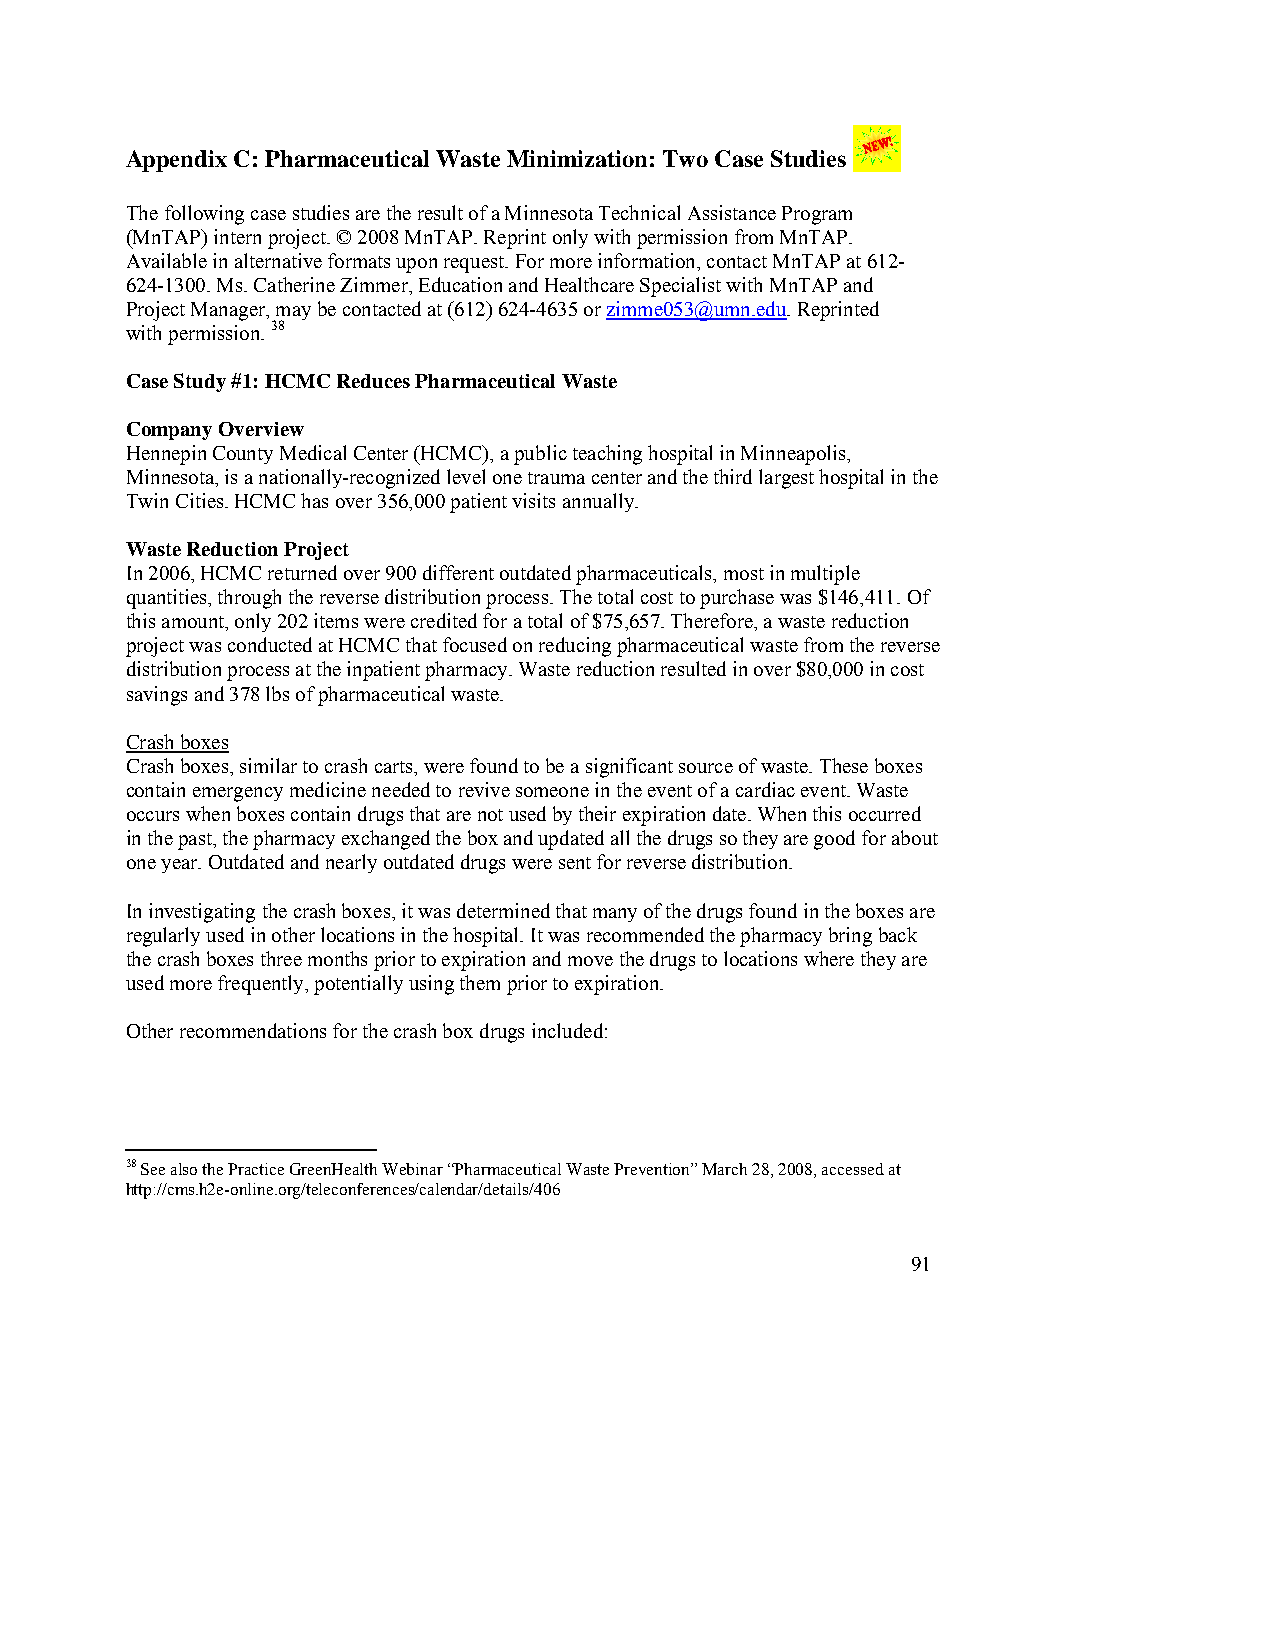
Appendix C: Pharmaceutical Waste Minimization: Two Case Studies
 The following case studies are the result of a Minnesota Technical Assistance Program
 (MnTAP) intern project. © 2008 MnTAP. Reprint only with permission from MnTAP.
 Available in alternative formats upon request. For more information, contact MnTAP at 612-
 624-1300. Ms. Catherine Zimmer, Education and Healthcare Specialist with MnTAP and
 Project Manager, may be contacted at (612) 624-4635 or zimme053@umn.edu. Reprinted
 with permission. 38
 Case Study #1: HCMC Reduces Pharmaceutical Waste
 Company Overview
 Hennepin County Medical Center (HCMC), a public teaching hospital in Minneapolis,
 Minnesota, is a nationally-recognized level one trauma center and the third largest hospital in the
 Twin Cities. HCMC has over 356,000 patient visits annually.
 Waste Reduction Project
 In 2006, HCMC returned over 900 different outdated pharmaceuticals, most in multiple
 quantities, through the reverse distribution process. The total cost to purchase was $146,411. Of
 this amount, only 202 items were credited for a total of $75,657. Therefore, a waste reduction
 project was conducted at HCMC that focused on reducing pharmaceutical waste from the reverse
 distribution process at the inpatient pharmacy. Waste reduction resulted in over $80,000 in cost
 savings and 378 lbs of pharmaceutical waste.
 Crash boxes
 Crash boxes, similar to crash carts, were found to be a significant source of waste. These boxes
 contain emergency medicine needed to revive someone in the event of a cardiac event. Waste
 occurs when boxes contain drugs that are not used by their expiration date. When this occurred
 in the past, the pharmacy exchanged the box and updated all the drugs so they are good for about
 one year. Outdated and nearly outdated drugs were sent for reverse distribution.
 In investigating the crash boxes, it was determined that many of the drugs found in the boxes are
 regularly used in other locations in the hospital. It was recommended the pharmacy bring back
 the crash boxes three months prior to expiration and move the drugs to locations where they are
 used more frequently, potentially using them prior to expiration.
 Other recommendations for the crash box drugs included:
 38 See also the Practice GreenHealth Webinar “Pharmaceutical Waste Prevention” March 28, 2008, accessed at
 http://cms.h2e-online.org/teleconferences/calendar/details/406
 91